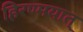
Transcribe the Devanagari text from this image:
हिरण्मयात्